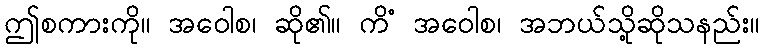
ဤစကားကို။ အဝေါစ၊ ဆို၏။ ကိံ အဝေါစ၊ အဘယ်သို့ဆိုသနည်း။